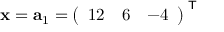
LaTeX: \mathbf { x } = \mathbf { a } _ { 1 } = { \left( \begin{array} { l l l } { 1 2 } & { 6 } & { - 4 } \end{array} \right) } ^ { \textsf { T } }